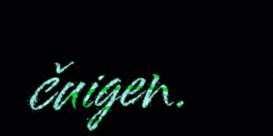
čuigen.